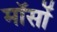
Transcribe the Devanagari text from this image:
मॉसों